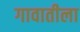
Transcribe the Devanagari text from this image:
गावातीला